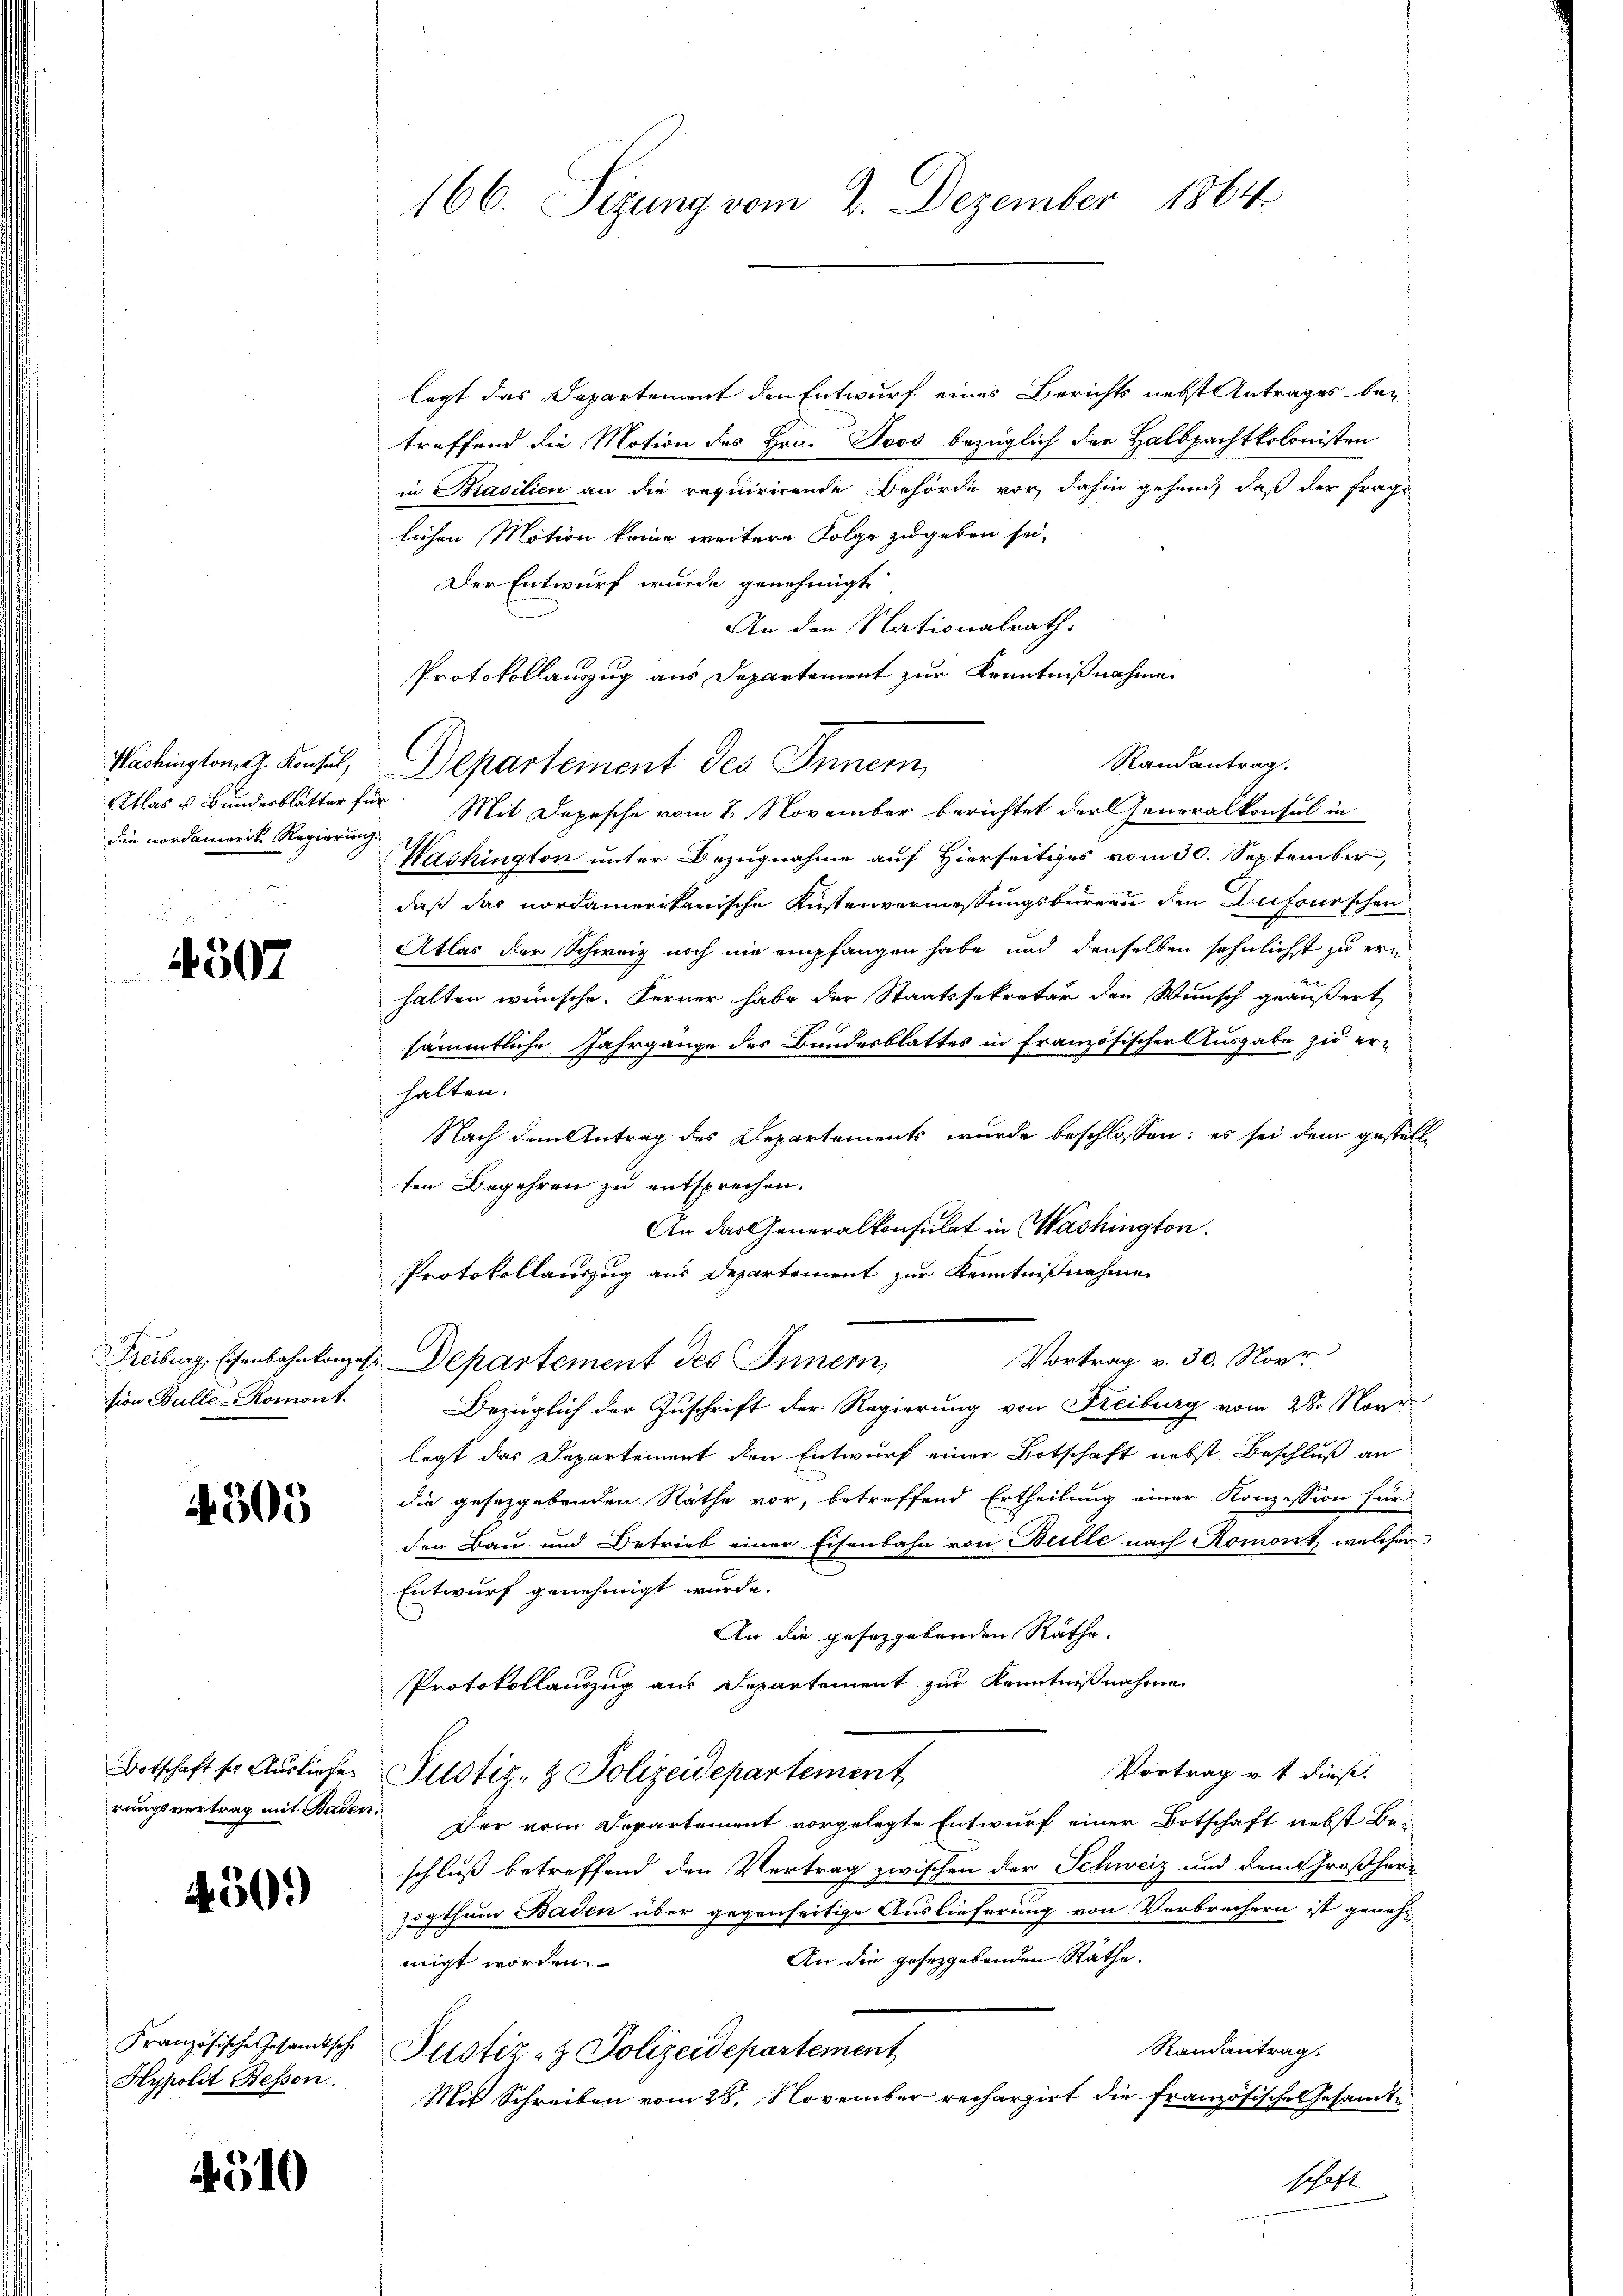
Atlas u. Bunderblätter fü
die nordamerik Regierung

4507

Freiburg, Eisenbahnkonze
sion Bulle-Romont.

305

Botschaft ser Ausliefe
rungsvertrag mit Bader

450.

Französische Gesandtsche
Hypolit Bessen

4510

166. Sizung vom 2. Dezember 1864.

legt das Departement den Entwurf eines Berichts nebst Antrages bey
treffend die Motion des Hrn. Toos bezüglich der Halbpachtkolonisten
in Brasilien an die requirirende Behörde vor, dahin gehen, daß der frage
lichen Motion keine weitere Folge zu geben sei,
Der Entwurf wurde genehmigt
An den Nationalrath.
Protokollauszug aus Departement zur Kenntnißnahme
Washington J. Konsul, Departement des Innern,
 Mit Depesche vom 2. November berichtet der Generalkonsul in
Washington unter Bezugnahme auf Hierseitiges vom 30. September,
daß das nordamerikanische Küstenvermessungsbureau den Dufourschen
Atlas der Schweiz noch nie empfangen habe und denselben sehnlichst zu ern
u
halten wünsche. Ferner habe der Staatssekretär den Wunsch geäußert,
sämmtliche Jahrgange des Bundesblattes in französischen Ausgabe zu erhalten.
Nach dem Antrag des Departements wurde beschlossen: es sei dem gestelle
ten Begehren zu entsprechen.
An das Generalkonsulat in Washington.
Protokollauszug aus Departement zur Kenntnißnahme
Vortrag v. 30. Nov.
Departement des Innern,
Bezüglich der Zuschrift der Regierung von Keiburg vom 28. Nove
legt das Departement den Entwurf einer Botschaft nebst Beschluß an
die gesetzgebenden Näthe vor, betreffend Ertheilung einer Konzession für
den Bau und Betrieb einer Eisenbahn von Bulle nach Romont, welcher
Entwurf genehmigt wurde.
An die geseggebenden Räthe.
Protokollauszug aus Departement zur Kenntnißnahme
Vortrag u. t dieß.
Justiz- & Polizeidepartement
Der vom Departement vorgelegte Entwurf einer Botschaft nebst Bei
schluß betreffend den Vertrag zwischen der Schweiz und dem Großherzogthum Baden über gegenseitige Auslieferung von Verbrechern ist geneh-
An die gesezgebenden Räthe.
migt worden.
Randantrag.
Justiz- & Polizeidepartement
Mit Schreiben vom 28. November rechargirt die französische Gesandte
schaft

Randantrag.